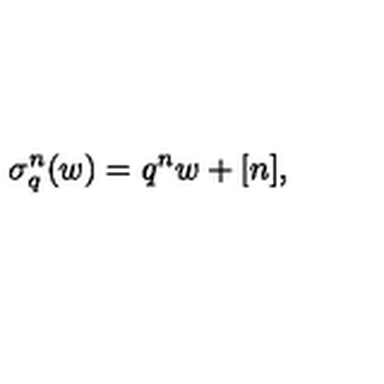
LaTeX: \sigma _ { q } ^ { n } ( w ) = q ^ { n } w + [ n ] ,